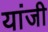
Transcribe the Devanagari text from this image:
यांजी